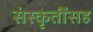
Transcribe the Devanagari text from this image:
संस्कृतींसह